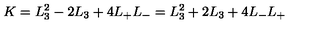
K = L _ { 3 } ^ { 2 } - 2 L _ { 3 } + 4 L _ { + } L _ { - } = L _ { 3 } ^ { 2 } + 2 L _ { 3 } + 4 L _ { - } L _ { + }